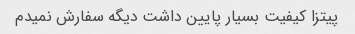
پیتزا کیفیت بسیار پایین داشت دیگه سفارش نمیدم